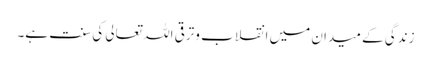
زندگی کے میدان میں انقلاب وترقی اللہ تعالی کی سنت ہے۔